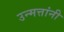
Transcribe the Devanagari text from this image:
उन्मत्तांनी